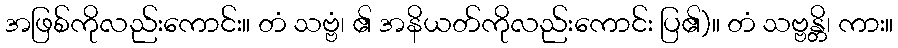
အဖြစ်ကိုလည်းကောင်း။ တံ သဗ္ဗံ၊ ၏ အနိယတ်ကိုလည်းကောင်း ပြ၏)။ တံ သဗ္ဗန္တိ၊ ကား။